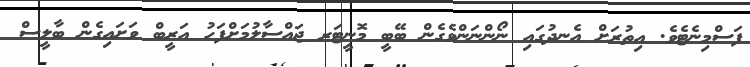
ފަސްމިނެޓެވެ. އިތުރަށް އެނދުގައި ނޯންނަންވެގެން ބޭބީ މޮނީޓަރ ޖައްސާލުމަށްފަހު އަރީބް ވަށައިގެން ބާލީސް